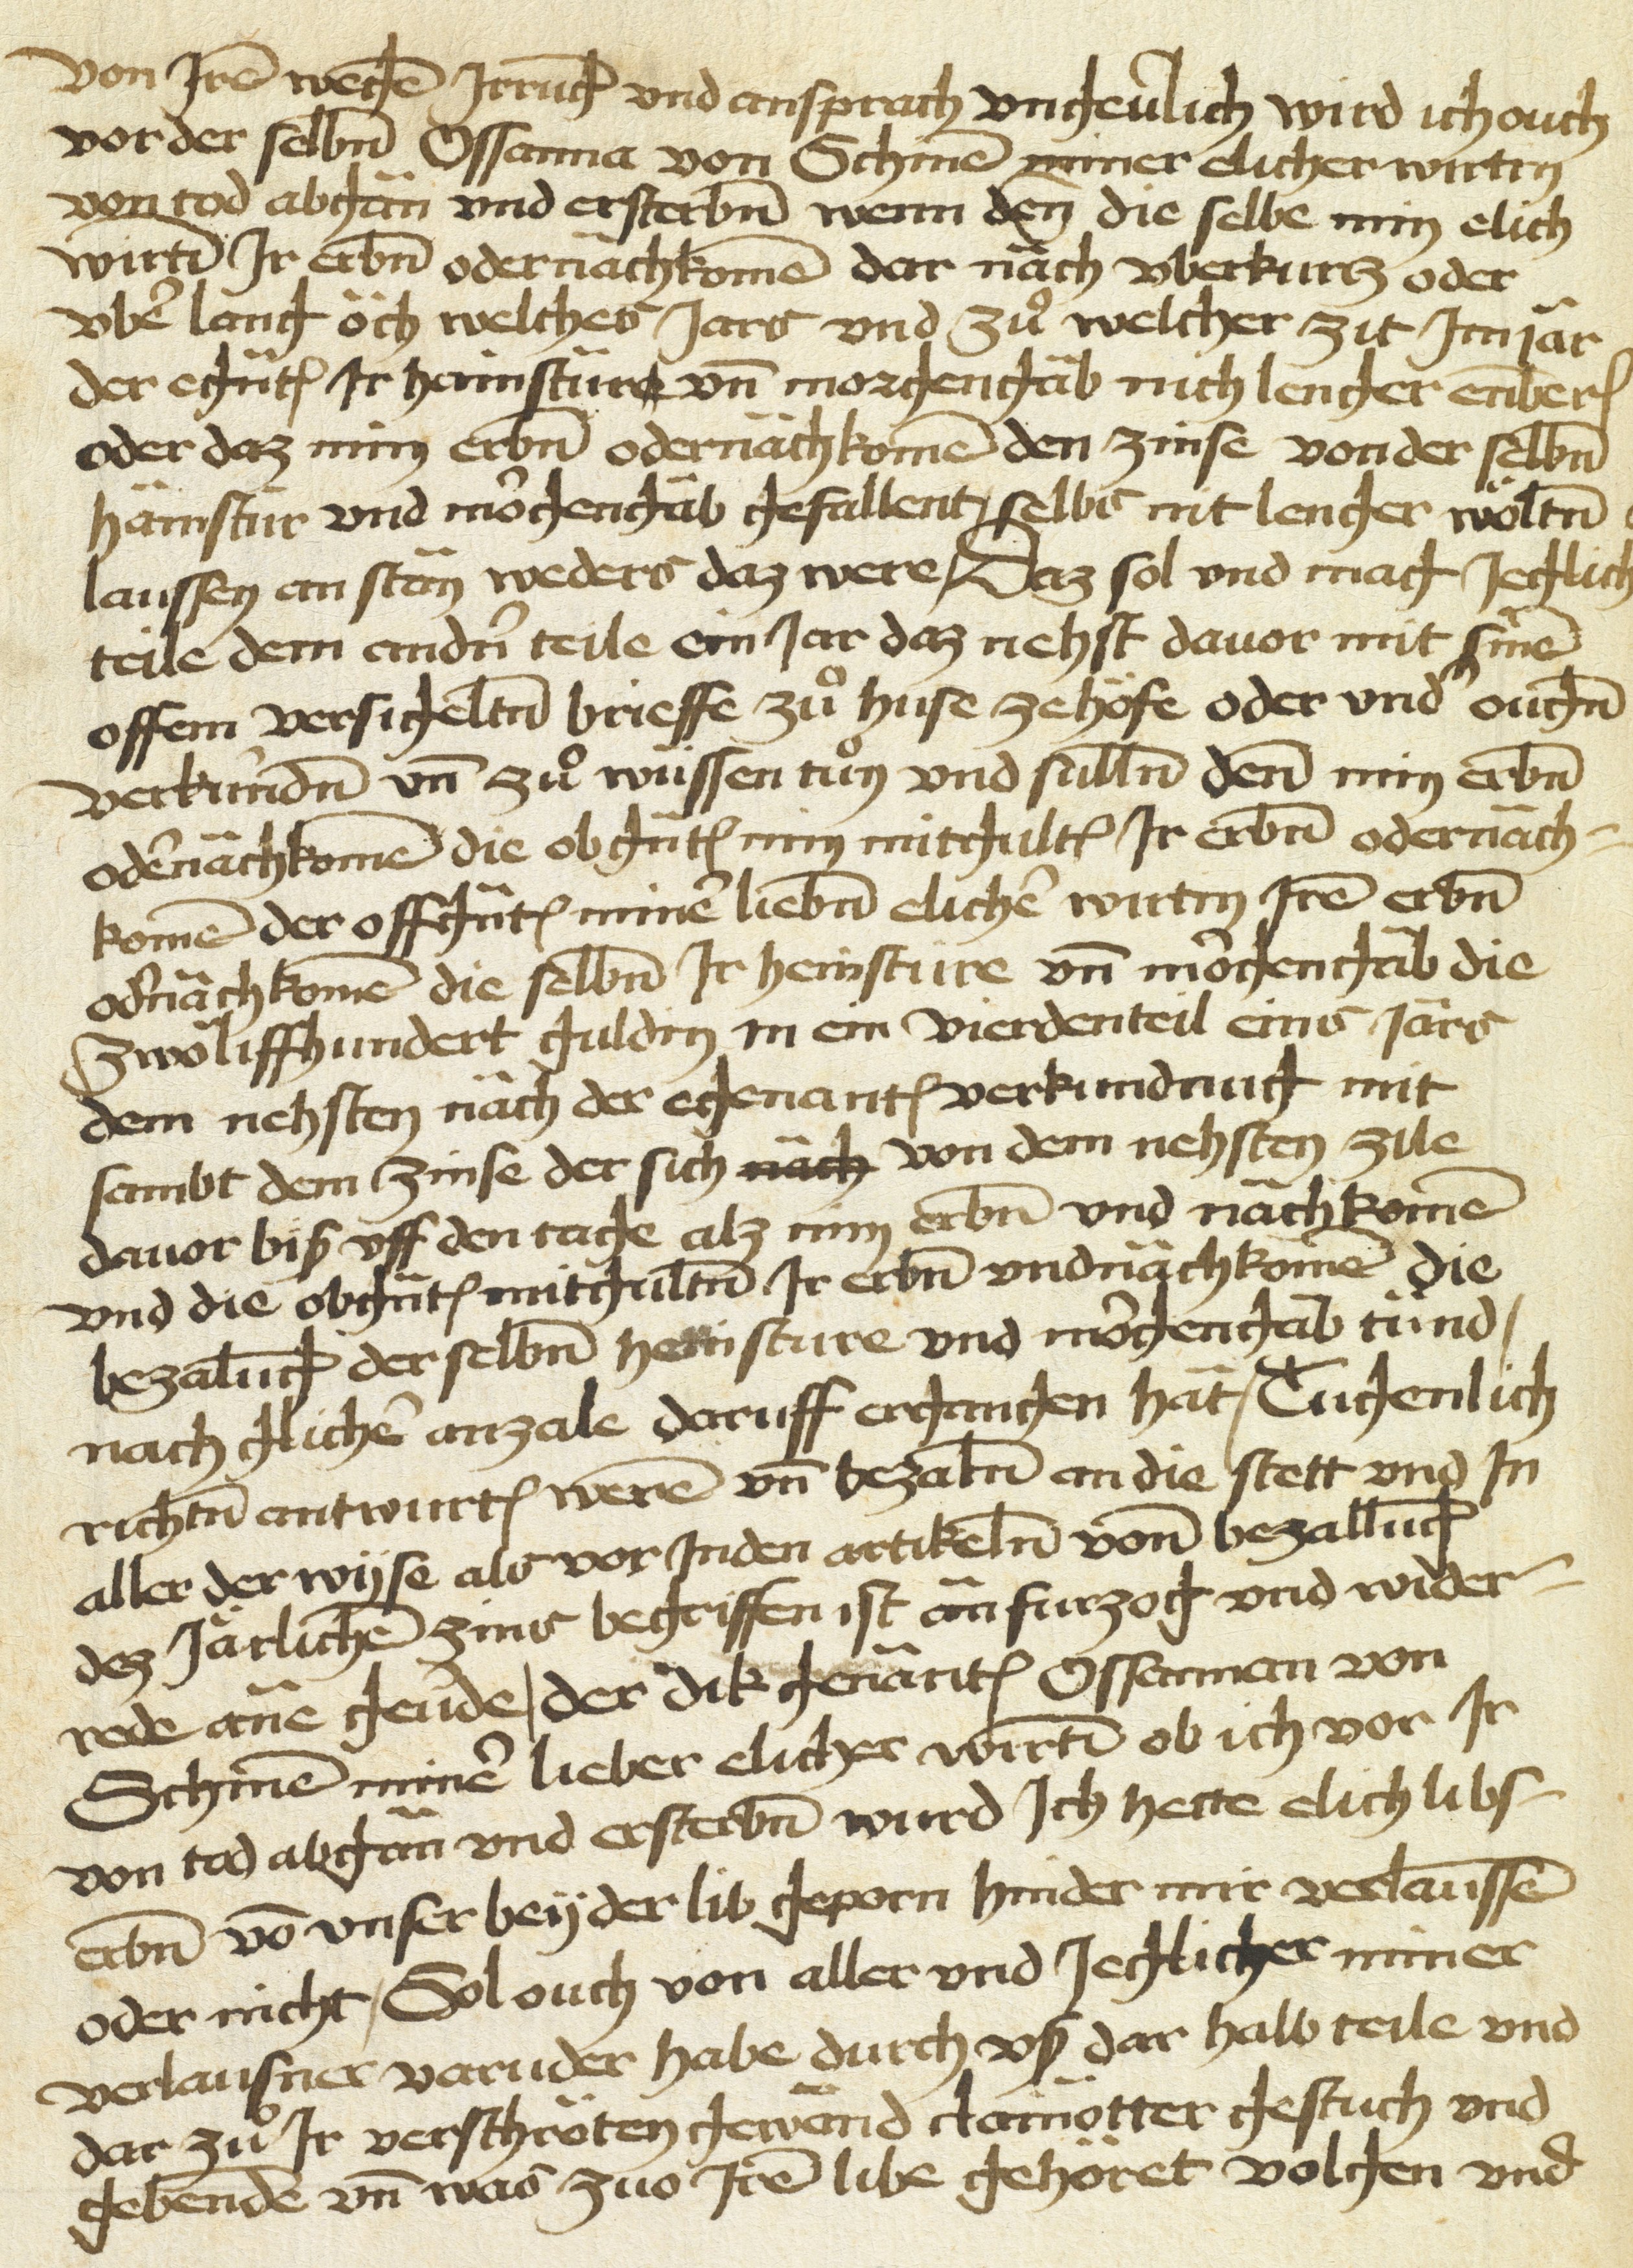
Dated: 1450–1499